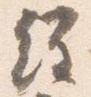
経